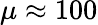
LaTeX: \mu\approx 100